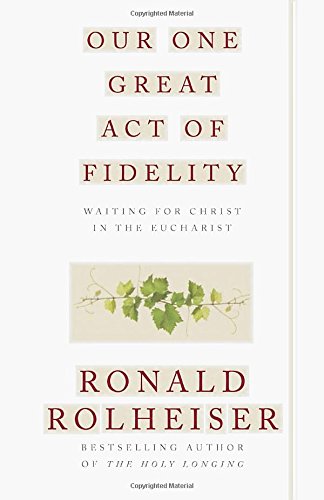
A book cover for Our One Great Act of Fidelity: Waiting for Christ in the Eucharist; Ronald Rolheiser; Christian Books & Bibles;